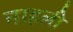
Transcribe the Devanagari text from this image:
नाहली